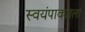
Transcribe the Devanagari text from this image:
स्वयंपाक्याला